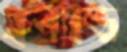
হল্যান্ড